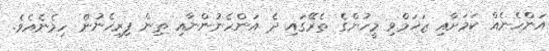
އަންހެނެއް ކަމަށާއި ޒަޚަމްވި މީހުންގެ ތެރޭގައި ދެ އަންހެނުންނާއި ތިން ފިރިހެނުން ހިމެނެއެވެ.